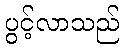
ပွင့်လာသည်